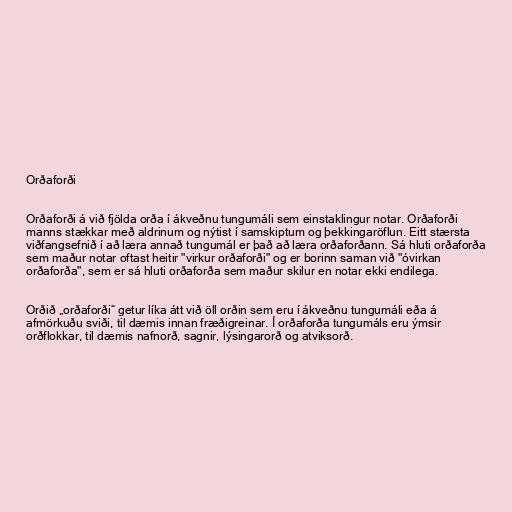
Orðaforði

Orðaforði á við fjölda orða í ákveðnu tungumáli sem einstaklingur notar. Orðaforði
manns stækkar með aldrinum og nýtist í samskiptum og þekkingaröflun. Eitt stærsta
viðfangsefnið í að læra annað tungumál er það að læra orðaforðann. Sá hluti orðaforða
sem maður notar oftast heitir "virkur orðaforði" og er borinn saman við "óvirkan
orðaforða", sem er sá hluti orðaforða sem maður skilur en notar ekki endilega.

Orðið „orðaforði“ getur líka átt við öll orðin sem eru í ákveðnu tungumáli eða á
afmörkuðu sviði, til dæmis innan fræðigreinar. Í orðaforða tungumáls eru ýmsir
orðflokkar, til dæmis nafnorð, sagnir, lýsingarorð og atviksorð.